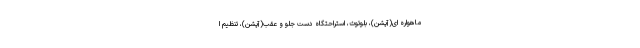
ماهواره ای(آپشن)، بلوتوث، استراحتگاه دست جلو و عقب(آپشن)، تنظیم ا